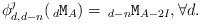
LaTeX: \begin{align*}& \phi^{\jmath}_{d, d-n} ( \ \! _d \texttt{M}_A) = \ \! _{d-n} \texttt{M}_{A-2I}, \forall d.\end{align*}